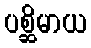
ပစ္ဆိမာယ